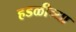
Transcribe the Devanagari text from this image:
हडळीच्या